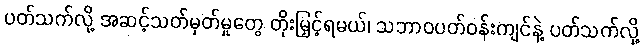
ပတ်သက်လို့ အဆင့်သတ်မှတ်မှုတွေ တိုးမြှင့်ရမယ်၊ သဘာဝပတ်ဝန်းကျင်နဲ့ ပတ်သက်လို့